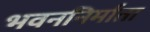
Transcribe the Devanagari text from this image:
भवननिर्माता